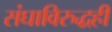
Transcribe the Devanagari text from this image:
संघाविरुद्धही